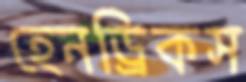
হেনড্রিকস